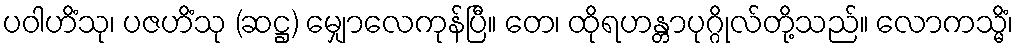
ပဝါဟိံသု၊ ပဇဟိံသု (ဆဋ္ဌ) မျှောလေကုန်ပြီ။ တေ၊ ထိုရဟန္တာပုဂ္ဂိုလ်တို့သည်။ လောကသ္မိံ၊